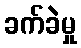
ခက်ခဲမှု